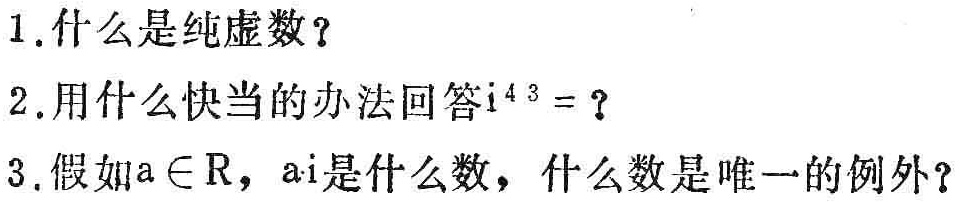
1. 什么是纯虚数？
2. 用什么快当的办法回答\(i^{43}=\)？
3. 假如\(a\in R\)，\(ai\)是什么数，什么数是唯一的例外？